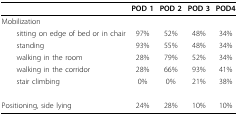
<table><thead><tr><td></td><td><b>POD 1</b></td><td><b>POD 2</b></td><td><b>POD 3</b></td><td><b>POD4</b></td></tr></thead><tbody><tr><td>Mobilization</td><td></td><td></td><td></td><td></td></tr><tr><td> sitting on edge of bed or in chair</td><td>97%</td><td>52%</td><td>48%</td><td>34%</td></tr><tr><td> standing</td><td>93%</td><td>55%</td><td>48%</td><td>34%</td></tr><tr><td> walking in the room</td><td>28%</td><td>79%</td><td>52%</td><td>34%</td></tr><tr><td> walking in the corridor</td><td>28%</td><td>66%</td><td>93%</td><td>41%</td></tr><tr><td> stair climbing</td><td>0%</td><td>0%</td><td>21%</td><td>38%</td></tr><tr><td>Positioning, side lying</td><td>24%</td><td>28%</td><td>10%</td><td>10%</td></tr></tbody></table>